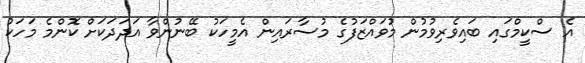
އެ ސްކީމްގައި ބައިވެރިވުމުން މުވައްޒަފުގެ މުސާރައިން އެމީހަކު ބޭނުންވާ އަދަދަކަށް ކޮންމެ މަހަކު